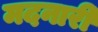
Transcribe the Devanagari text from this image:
मदनारी